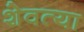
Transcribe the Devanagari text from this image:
शेवत्या